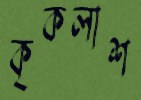
কৃকলাশ